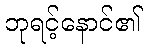
ဘုရင့်နောင်၏